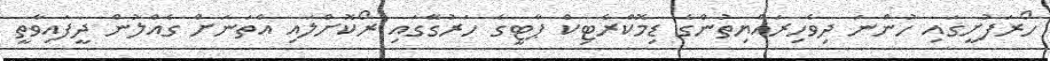
ހޯރަފުށީގައި ހުންނަ ދިވެހިރައްޔިތުންގެ ޑިމޮކްރެޓިކް ޕާޓީގެ ހަރުގޭގައި ރޯކޮށްލައި އެތަނަށް ގެއްލުން ދީފައިވާތީ